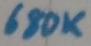
Text: 680K